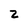
Character: 2